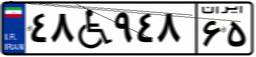
۴۸W۹۴۸۶۵